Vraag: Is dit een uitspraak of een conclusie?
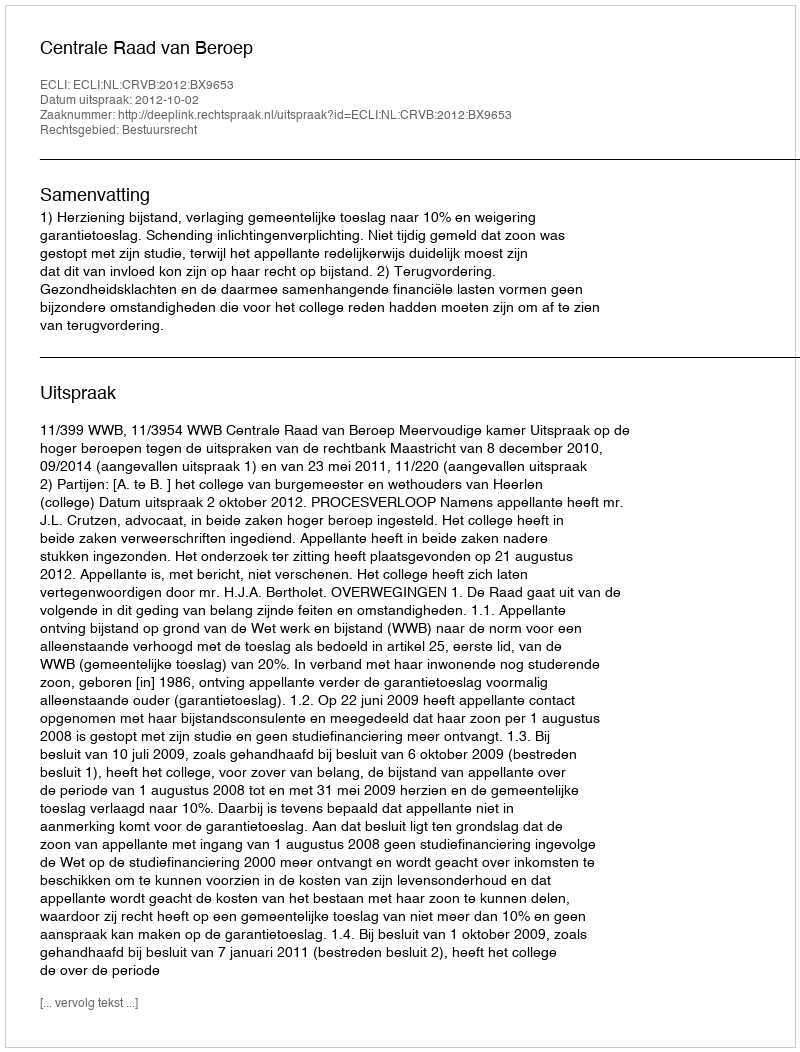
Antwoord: Uitspraak